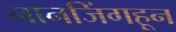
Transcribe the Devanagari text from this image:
नानजिंगहून